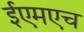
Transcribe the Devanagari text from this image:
ईएमएच